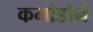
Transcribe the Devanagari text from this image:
कमांडोने